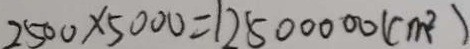
2 5 0 0 \times 5 0 0 0 = 1 2 5 0 0 0 0 0 ( c m ^ { 2 } )